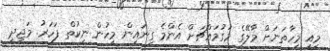
މިއީ މިހާތަނަށް މާލޭގެ މަގުމައްޗަށް އެންމެ ގިނައިން މީހުން ނިކުތް ފަހަރު. މަޖީދީ